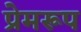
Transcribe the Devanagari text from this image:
प्रेमरूप